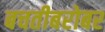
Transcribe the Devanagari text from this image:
बचतीबरोबर